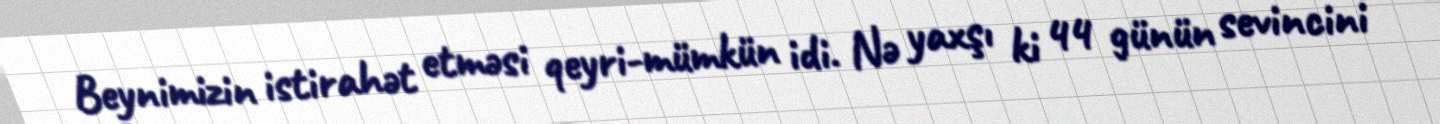
Beynimizin istirahət etməsi qeyri-mümkün idi. Nə yaxşı ki 44 günün sevincini